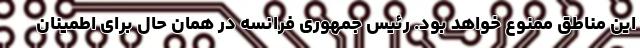
این مناطق ممنوع خواهد بود. رئیس جمهوری فرانسه در همان حال برای اطمینان